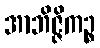
အာဘိဇ္ဇိကဉ္စ